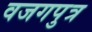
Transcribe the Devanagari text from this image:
वजगपुत्र